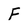
Character: F